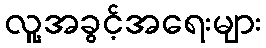
လူ့အခွင့်အရေးများ